system: You are a helpful assistant.
user:
Analyze the provided spectrum to determine if it is a **"Cataclysmic Variables (CV)"**.

- **Key Indicators for CV (Check for either state):**
    - **State 1: Quiescent / Low-State (Emission-Dominated)**
        - **(Primary):** Strong and *very broad* Hydrogen Balmer emission lines (e.g., $H\alpha$ at 6563 Å, $H\beta$ at 4861 Å). The 'broadness' (high velocity dispersion, often FWHM > 1000 km/s) is the key diagnostic, indicating a high-velocity accretion disk.
        - **(Secondary):** Broad neutral Helium (He I) emission lines (e.g., 5876 Å, 6678 Å).
        - **(Key Confirmation):** Presence of high-excitation *ionized* Helium (He II) emission at 4686 Å. This is a strong indicator of accretion onto a white dwarf.
        - **(Line Profile):** Emission lines may exhibit a 'double-peaked' profile, which is a classic signature of a rotating accretion disk viewed at high inclination.

    - **State 2: Outburst / High-State (Absorption-Dominated)**
        - **(Primary):** Spectrum is dominated by a bright, blue continuum (looks like a hot star).
        - **(Secondary):** The emission lines from State 1 are weak, absent, or 'filled in', and are replaced by broad, shallow *absorption* lines (primarily Balmer and He I).
        - **(Morphology):** The overall spectrum mimics a hot B/A-type star. The crucial difference is that the absorption lines are significantly broader, shallower, and more 'washed-out' (or 'smeared') than the sharp lines of a normal stellar photosphere, due to high rotational speeds and pressure broadening in the disk.

Think first, call **spectral_visualization_tool** if needed to examine features in detail, then provide your final answer. Your response must adhere to the following strict rules:
1.  **Overall Structure:** Your response must follow the format `<think>...</think> <tool_call>...</tool_call> (if a tool is used) <answer>...</answer>`.
2.  **Tool Usage Constraint:** You may only make **one** tool call per turn.
3.  **Final Answer Format:** In the `<answer>` tag, your conclusion must be inside a `\boxed{}` command (e.g., `\boxed{YES}`), followed by your justification.

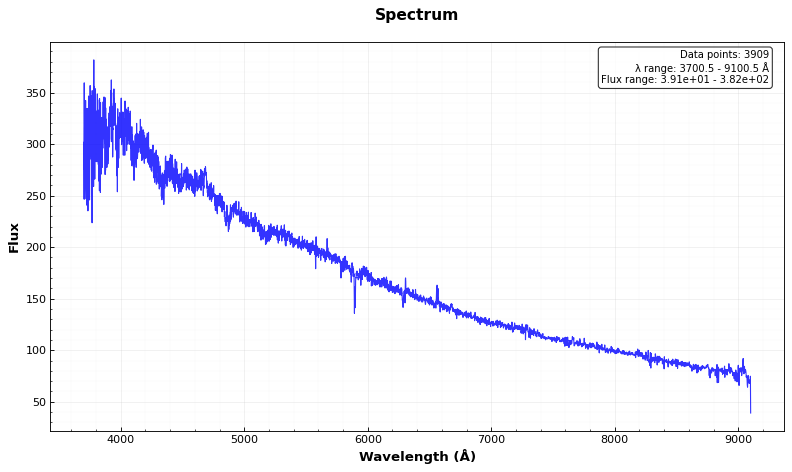
Answer: YES